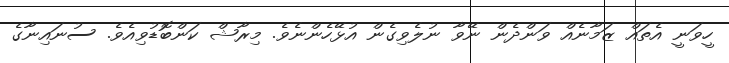
ހީވަނީ އެތައް ޒަމާނެއް ވަންދެން ނޭވާ ނުލެވިގެން އުޅޭހެންނެވެ. މިރާޝް ކަންބޮޑުވިއެވެ. ސުނައިނާގެ